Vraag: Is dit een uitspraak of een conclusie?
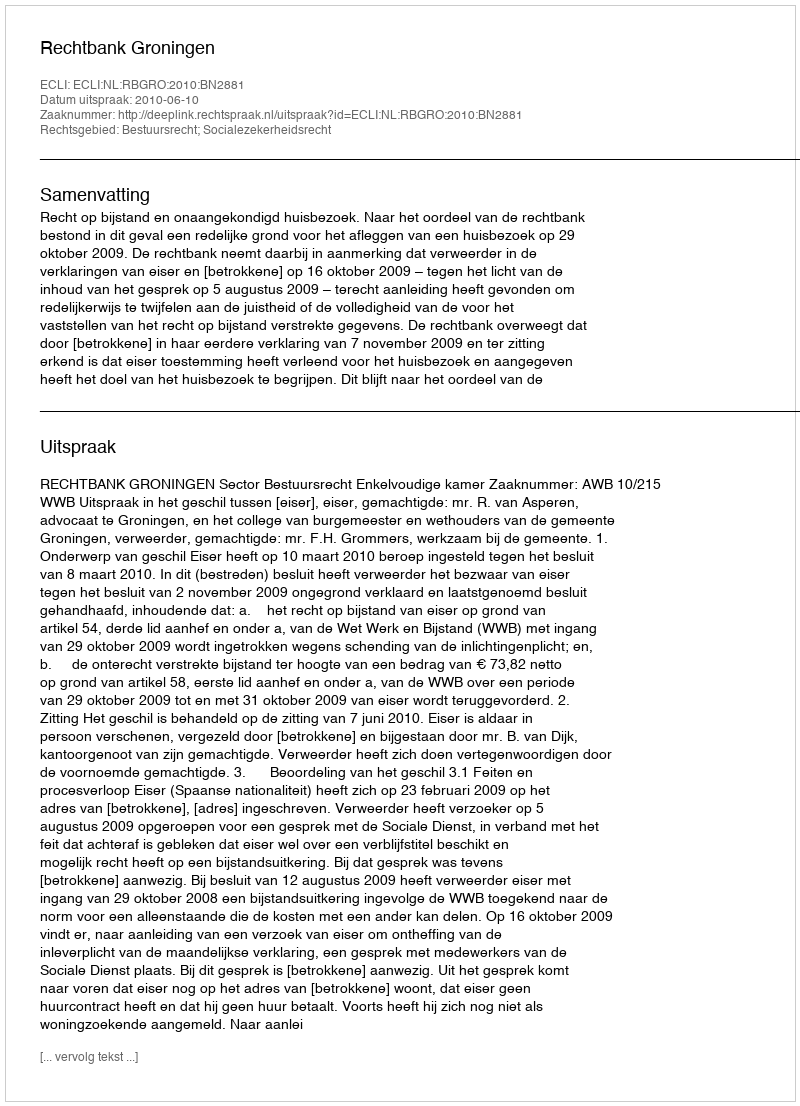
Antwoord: Uitspraak